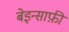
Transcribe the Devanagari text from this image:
बेइन्साफ़ी